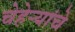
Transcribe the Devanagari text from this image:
चेहेऱ्यांचे